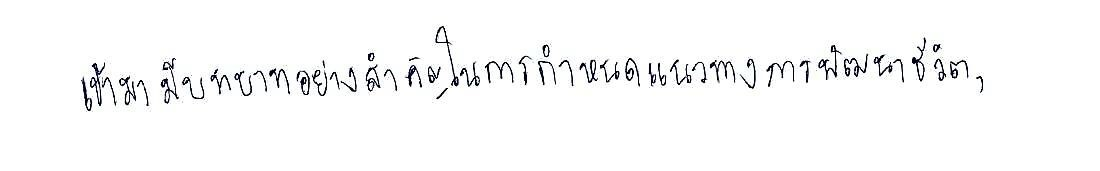
เข้ามามีบทบาทอย่างสำคัญในการกำหนดแนวทางการพัฒนาชีวิต,